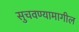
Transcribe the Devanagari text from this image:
सुचवण्यामागील